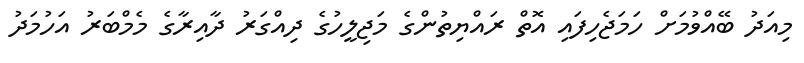
މިއަދު ބޭއްވުމަށް ހަމަޖެހިފައި އޮތް ރައްޔިތުންގެ މަޖިލީހުގެ ދިއްގަރު ދާއިރާގެ މެމްބަރު އަހުމަދު